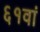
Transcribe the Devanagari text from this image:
६१वां